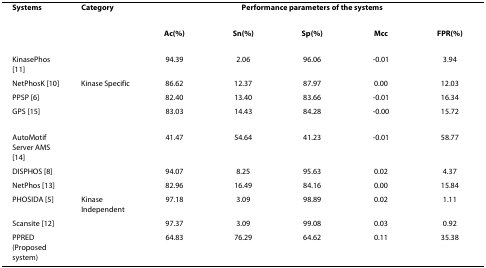
<table><thead><tr><td><b>Systems</b></td><td><b>Category</b></td><td colspan="5"><b>Performance parameters of the systems</b></td></tr><tr><td></td><td></td><td><b>Ac(%)</b></td><td><b>Sn(%)</b></td><td><b>Sp(%)</b></td><td><b>Mcc</b></td><td><b>FPR(%)</b></td></tr></thead><tbody><tr><td>KinasePhos [11]</td><td></td><td>94.39</td><td>2.06</td><td>96.06</td><td>-0.01</td><td>3.94</td></tr><tr><td>NetPhosK [10]</td><td>Kinase Specific</td><td>86.62</td><td>12.37</td><td>87.97</td><td>0.00</td><td>12.03</td></tr><tr><td>PPSP [6]</td><td></td><td>82.40</td><td>13.40</td><td>83.66</td><td>-0.01</td><td>16.34</td></tr><tr><td>GPS [15]</td><td></td><td>83.03</td><td>14.43</td><td>84.28</td><td>-0.00</td><td>15.72</td></tr><tr><td>AutoMotif Server AMS [14]</td><td></td><td>41.47</td><td>54.64</td><td>41.23</td><td>-0.01</td><td>58.77</td></tr><tr><td>DISPHOS [8]</td><td></td><td>94.07</td><td>8.25</td><td>95.63</td><td>0.02</td><td>4.37</td></tr><tr><td>NetPhos [13]</td><td></td><td>82.96</td><td>16.49</td><td>84.16</td><td>0.00</td><td>15.84</td></tr><tr><td>PHOSIDA [5]</td><td>Kinase Independent</td><td>97.18</td><td>3.09</td><td>98.89</td><td>0.02</td><td>1.11</td></tr><tr><td>Scansite [12]</td><td></td><td>97.37</td><td>3.09</td><td>99.08</td><td>0.03</td><td>0.92</td></tr><tr><td>PPRED (Proposed system)</td><td></td><td>64.83</td><td>76.29</td><td>64.62</td><td>0.11</td><td>35.38</td></tr></tbody></table>